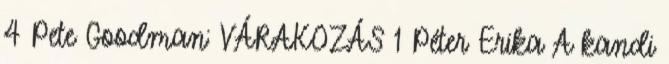
4 Pete Goodman: VÁRAKOZÁS 1 Péter Erika A kandi